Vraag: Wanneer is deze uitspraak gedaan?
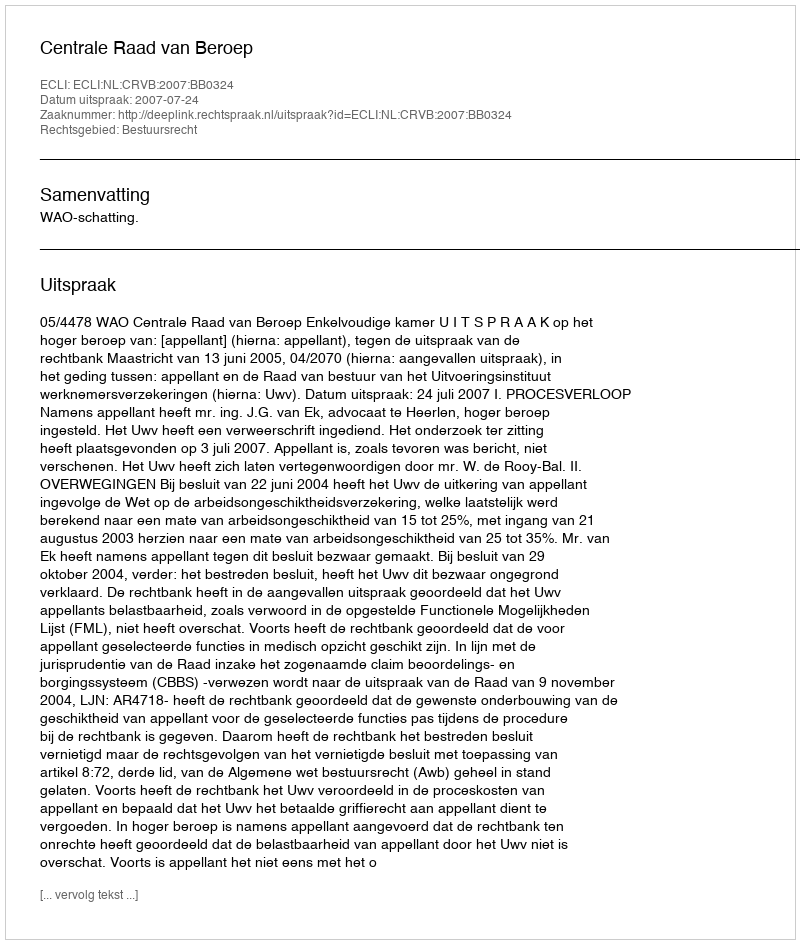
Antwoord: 2007-07-24